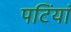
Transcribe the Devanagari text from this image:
पटिंयां